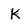
Character: K